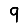
Digit: 9